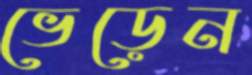
ভেড়েন